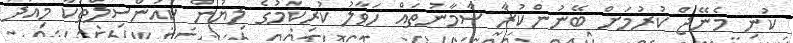
ކުނި މެނޭޖް ކުރުމަށް ބޭނުންކުރާ ސާމާނުތައް ހަވާލު ކުރިކަމުގެ ލިޔުން ކައުންސިލްތަކާ މިއަދު